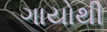
ગાયોથી